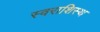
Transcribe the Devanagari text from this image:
स्वराशिस्थ